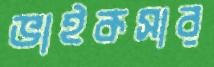
ভাইকসার